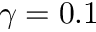
\gamma = 0 . 1